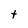
Character: t